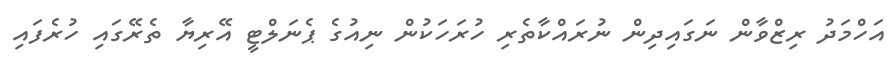
އަހްމަދު ރިޒްވާން ނަގައިދިން ނުރައްކާތެރި ހުރަހަކުން ނިއުގެ ޕެނަލްޓީ އޭރިޔާ ތެރޭގައި ހުރެފައި